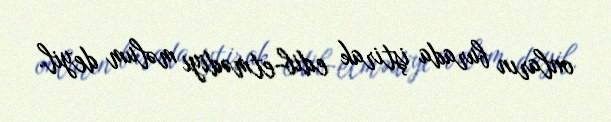
onların burada iştirak edib-etmədiyi məlum deyil.